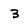
Character: 3